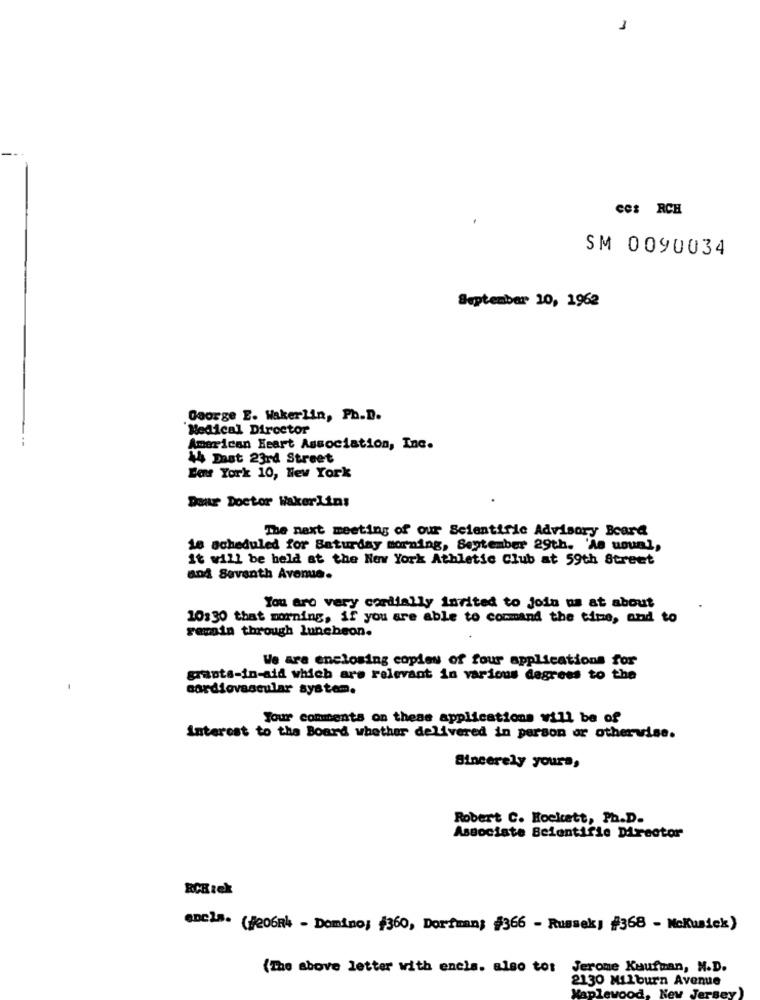
1
ces RCH
SM 0090034
September 10, 1962
Doorge E. Hakerlin, Ph.D.
Medical Director
American Heart Association, Inc.
44 Dast 23rd Street
Bart York 10, New York
Dear Doctor Wakerlins
The next meeting of our Scientific Advisory Board
16 scheduled for Saturday morning, September 29th. 'As usun],
it will be held at the New York Athletic Club at 59th Street
and Seventh Avenue.
You are very cordially invited to Join us at about
10:30 that morning, if you are able to command the time, and to
retain through luncheon.
We are enclosing copies of four applications for
grants-in-aid which are relevant in various degrees to the
cardiovascular system.
Your comments on these applications will be of
Interest to the Board whether delivered in person or otherwise.
Sincerely yours,
Robert C. Hockett, Ph.D.
Associate Scientific Director
enels. (#206Rk - Domino) ¥360, Dortman; #366 - Russek) #368 - Nokunick)
(The above letter with encla. also tot
Jerome Kaufman, M.D.
2130 Milburn Avenue
. Key Je
Maplew